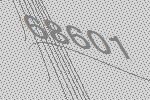
68601